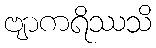
ဗျာကရိဿသိ